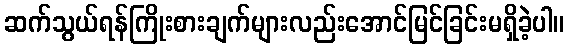
ဆက်သွယ်ရန်ကြိုးစားချက်များလည်းအောင်မြင်ခြင်းမရှိခဲ့ပါ။